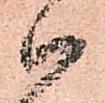
ハ